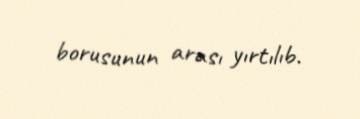
borusunun arası yırtılıb.